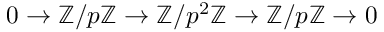
0 \to \mathbb { Z } / p \mathbb { Z } \to \mathbb { Z } / p ^ { 2 } \mathbb { Z } \to \mathbb { Z } / p \mathbb { Z } \to 0